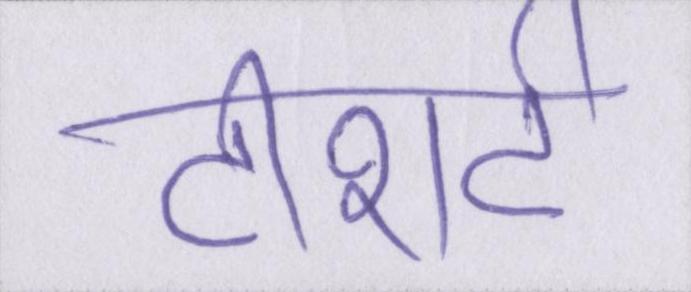
टीशर्ट